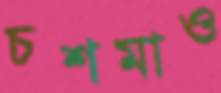
চশমাও